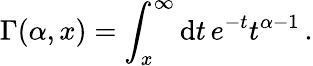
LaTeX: \Gamma(\alpha,x)=\int_{x}^{\infty}\mathrm{d}t\, e^{-t}t^{\alpha-1}\, .